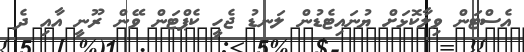
އެސްޓަން ވިލާކޮޅަށް ޔުނައިޓެޑުން ލަނޑު ޖެހީ ކެޕްޓަން ވޭން ރޫނީ އާއި ދެ